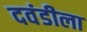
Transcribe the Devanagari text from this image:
दवंडीला